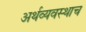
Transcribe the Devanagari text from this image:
अर्थव्यवस्थाच